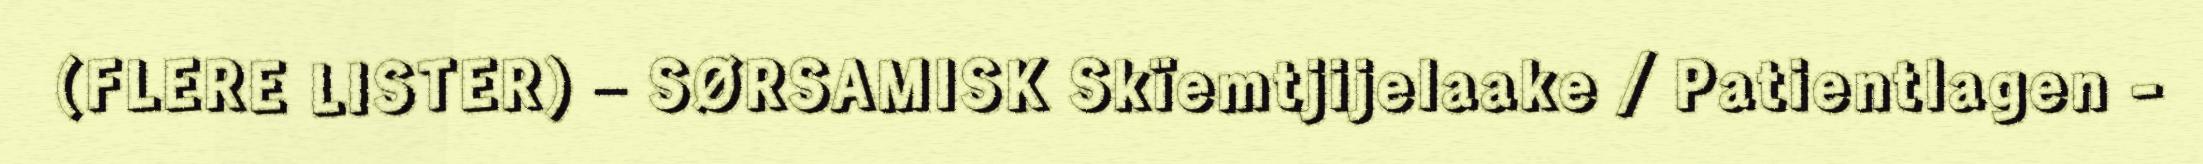
(FLERE LISTER) – SØRSAMISK Skïemtjijelaake / Patientlagen -